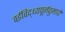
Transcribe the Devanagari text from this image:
वईविद्ध्यपूर्नवुमाये